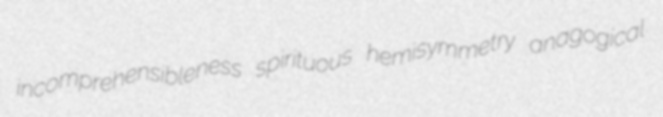
incomprehensibleness spirituous hemisymmetry anagogical